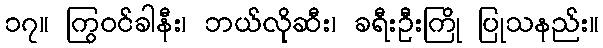
၁၇။ ကြွဝင်ခါနီး၊ ဘယ်လိုဆီး၊ ခရီးဦးကြို ပြုသနည်း။